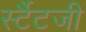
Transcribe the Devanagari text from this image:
र्स्टैटजी